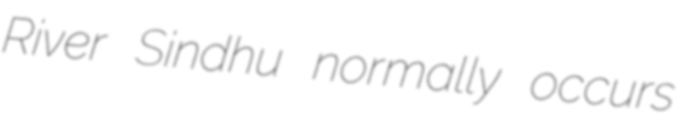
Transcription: River Sindhu normally occurs